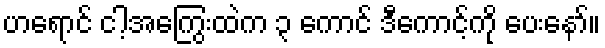
ဟရောင် ငါ့အကြွေးထဲက ၃ ကောင် ဒီကောင့်ကို ပေးနော်။